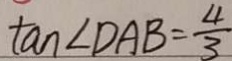
\tan \angle D A B = \frac { 4 } { 3 }